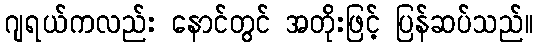
ဂျရယ်ကလည်း နောင်တွင် အတိုးဖြင့် ပြန်ဆပ်သည်။